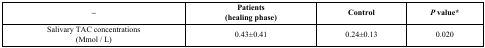
<table><thead><tr><td><b>–</b></td><td><b>Patients(healing phase)</b></td><td><b>Control</b></td><td><b><i>P</i> value*</b></td></tr></thead><tbody><tr><td>Salivary TAC concentrations(Mmol / L)</td><td>0.43±0.41</td><td>0.24±0.13</td><td>0.020</td></tr></tbody></table>